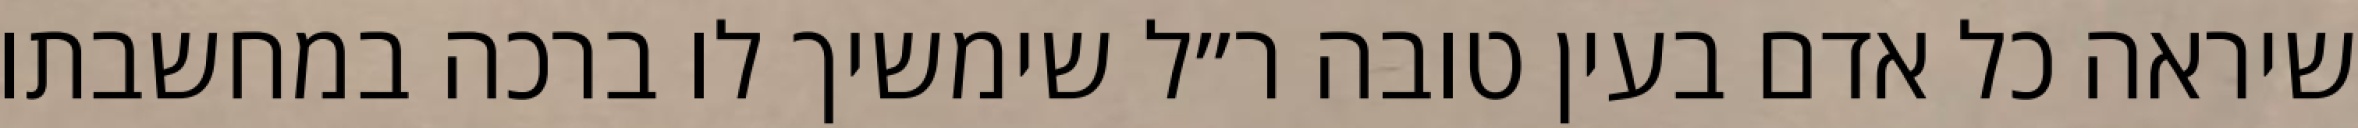
שיראה כל אדם בעין טובה ר״ל שימשיך לו ברכה במחשבתו